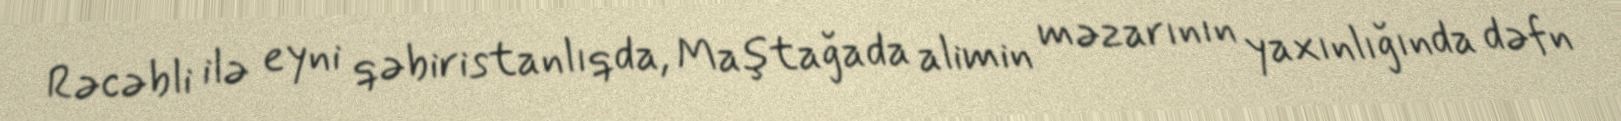
Rəcəbli ilə eyni qəbiristanlıqda, Maştağada alimin məzarının yaxınlığında dəfn